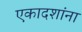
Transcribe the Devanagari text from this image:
एकादशांना